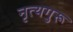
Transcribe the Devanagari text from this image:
नृत्यगुरू